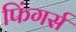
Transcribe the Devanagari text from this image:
फिंगर्स